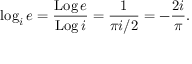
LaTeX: \log _ { i } e = { \frac { \operatorname { L o g } e } { \operatorname { L o g } i } } = { \frac { 1 } { \pi i / 2 } } = - { \frac { 2 i } { \pi } } .